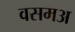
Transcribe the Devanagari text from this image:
वसमअ